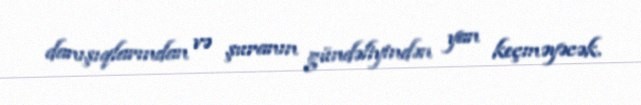
danışıqlarından və şuranın gündəliyindən yan keçməyəcək.